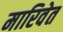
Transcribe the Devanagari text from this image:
मारिवेत